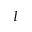
I